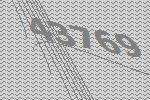
43769